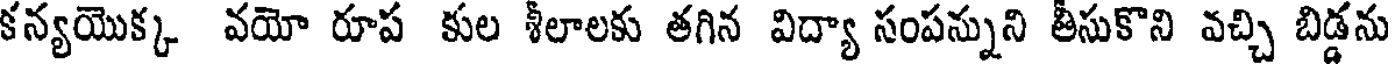
కన్యయొక్క వయో రూప కుల శీలాలకు తగిన విద్యా సంపన్నుని తీసుకొని వచ్చి బిడ్డను